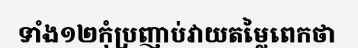
ទាំង១២កុំប្រញាប់វាយតម្លៃពេកថា